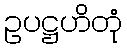
ဥပဋ္ဌဟိတုံ